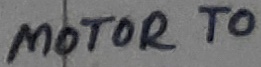
Text: MOTOR TO